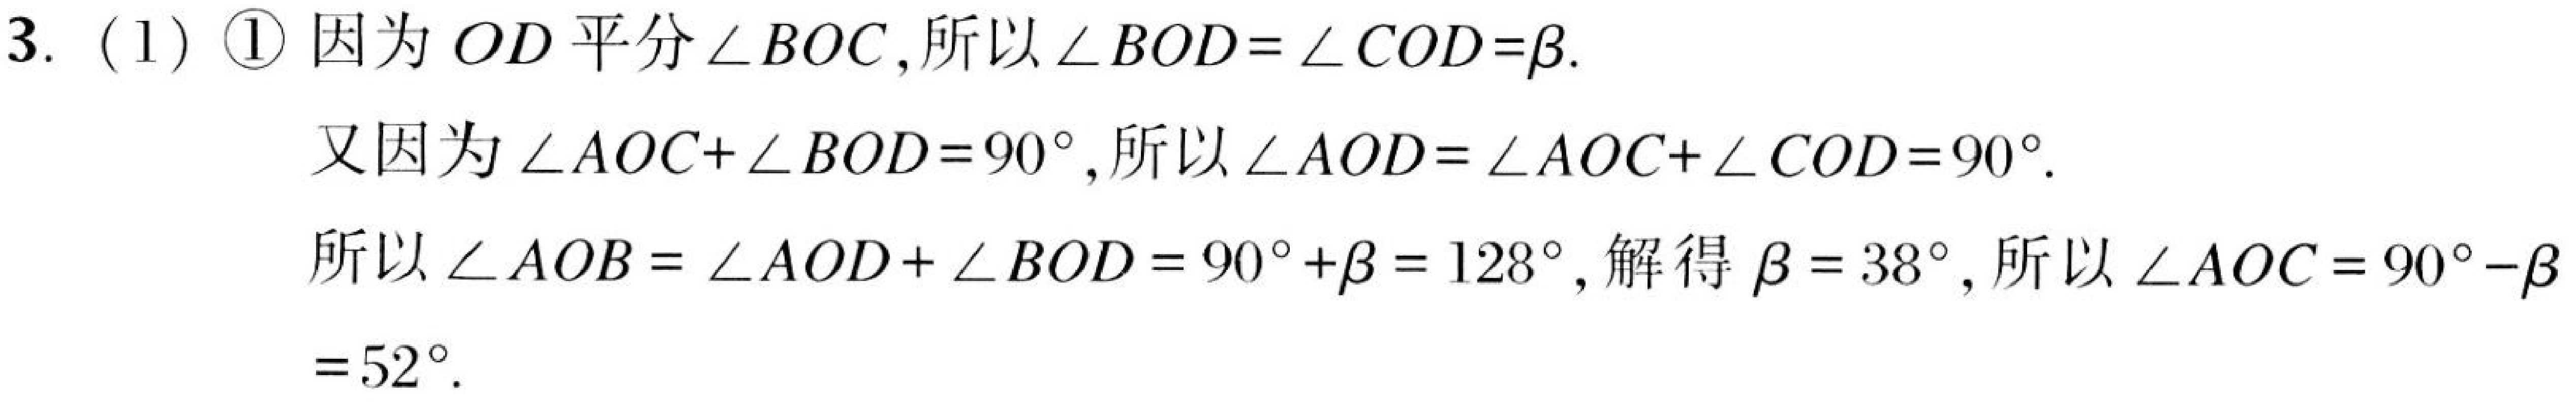
3.（1）\textcircled{1} 因为 \(OD\) 平分 \(\angle BOC\)，所以 \(\angle BOD = \angle COD=\beta\).
又因为 \(\angle AOC+\angle BOD = 90^{\circ}\)，所以 \(\angle AOD=\angle AOC+\angle COD = 90^{\circ}\).
所以 \(\angle AOB=\angle AOD+\angle BOD = 90^{\circ}+\beta = 128^{\circ}\)，解得 \(\beta = 38^{\circ}\)，所以 \(\angle AOC=90^{\circ}-\beta\)
\(=52^{\circ}\).